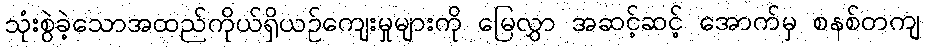
သုံးစွဲခဲ့သောအထည်ကိုယ်ရှိယဉ်ကျေးမှုများကို မြေလွှာ အဆင့်ဆင့် အောက်မှ စနစ်တကျ